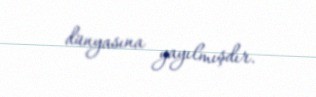
dünyasına yayılmışdır.